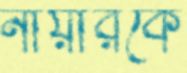
নায়ারকে